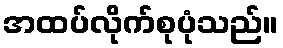
အထပ်လိုက်စုပုံသည်။